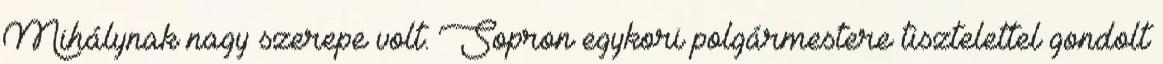
Mihálynak nagy szerepe volt. Sopron egykori polgármestere tisztelettel gondolt